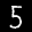
Label: 5